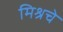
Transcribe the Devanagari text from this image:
मिश्रचे